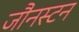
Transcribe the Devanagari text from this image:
जौनस्टन